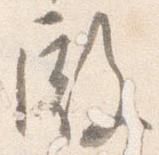
殿